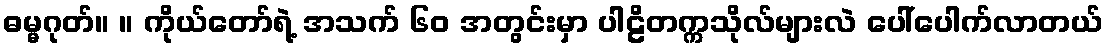
ဓမ္မဂုတ်။ ။ ကိုယ်တော်ရဲ့ အသက် ၆၀ အတွင်းမှာ ပါဠိတက္ကသိုလ်များလဲ ပေါ်ပေါက်လာတယ်